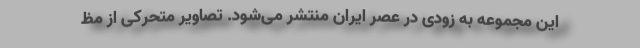
این مجموعه به زودی در عصر ایران منتشر می‌شود. تصاویر متحرکی از مظ